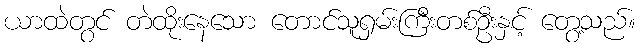
ယာထဲတွင် တဲထိုးနေသော တောင်သူရှမ်းကြီးတစ်ဦးနှင့် တွေ့သည်။